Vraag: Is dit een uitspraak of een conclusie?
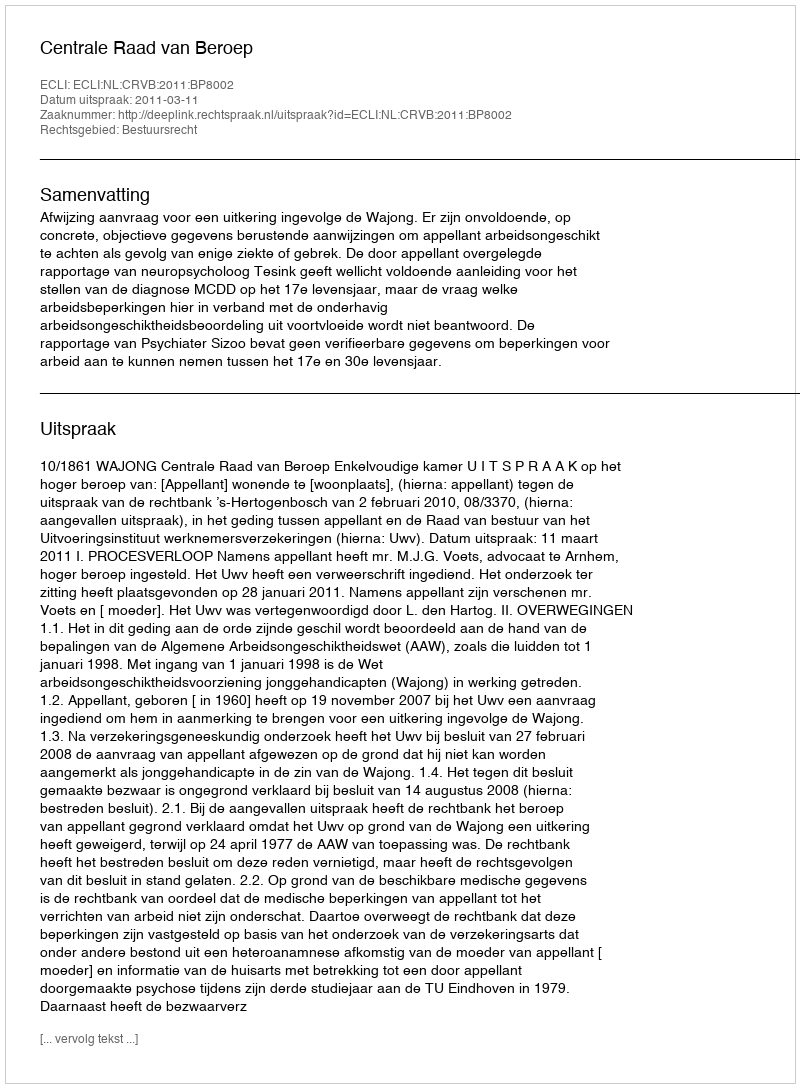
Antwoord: Uitspraak